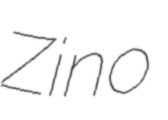
Zino